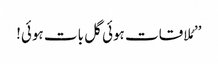
’’مُلاقات ہوئی گل بات ہوئی!